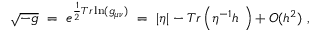
\sqrt { - g } ~ = ~ e ^ { \frac { 1 } { 2 } T r \ln ( g _ { \mu \nu } ) } ~ = ~ | \eta | - T r \left( \eta ^ { - 1 } h ~ \right) + { \cal O } ( h ^ { 2 } ) ~ ,